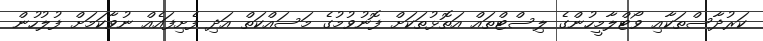
ކަރުދާސްތަކާއި ވޯޓްލާމީހުންގެ ލިސްޓްތައް އަތޮޅުތަކަށް ފޮނުވުމުގެ މަސައްކަތް އަދި ފެށިފައެއް ނުވާކަމަށް ފުލުހުން